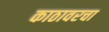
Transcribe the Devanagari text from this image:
काठावरचा